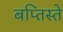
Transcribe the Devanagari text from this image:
बप्तिस्ते